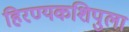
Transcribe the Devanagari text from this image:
हिरण्यकशिपुला